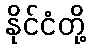
နိုင်ငံတို့